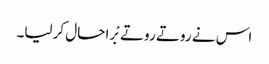
اس نے روتے روتے بْرا حال کرلیا۔